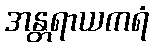
အန္တရာယကရံ